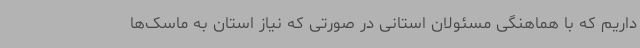
داریم که با هماهنگی مسئولان استانی در صورتی که نیاز استان به ماسک‌ها